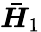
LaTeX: \boldsymbol{\bar{H}}_{1}